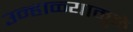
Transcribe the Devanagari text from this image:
उन्हाळ्यामुळे